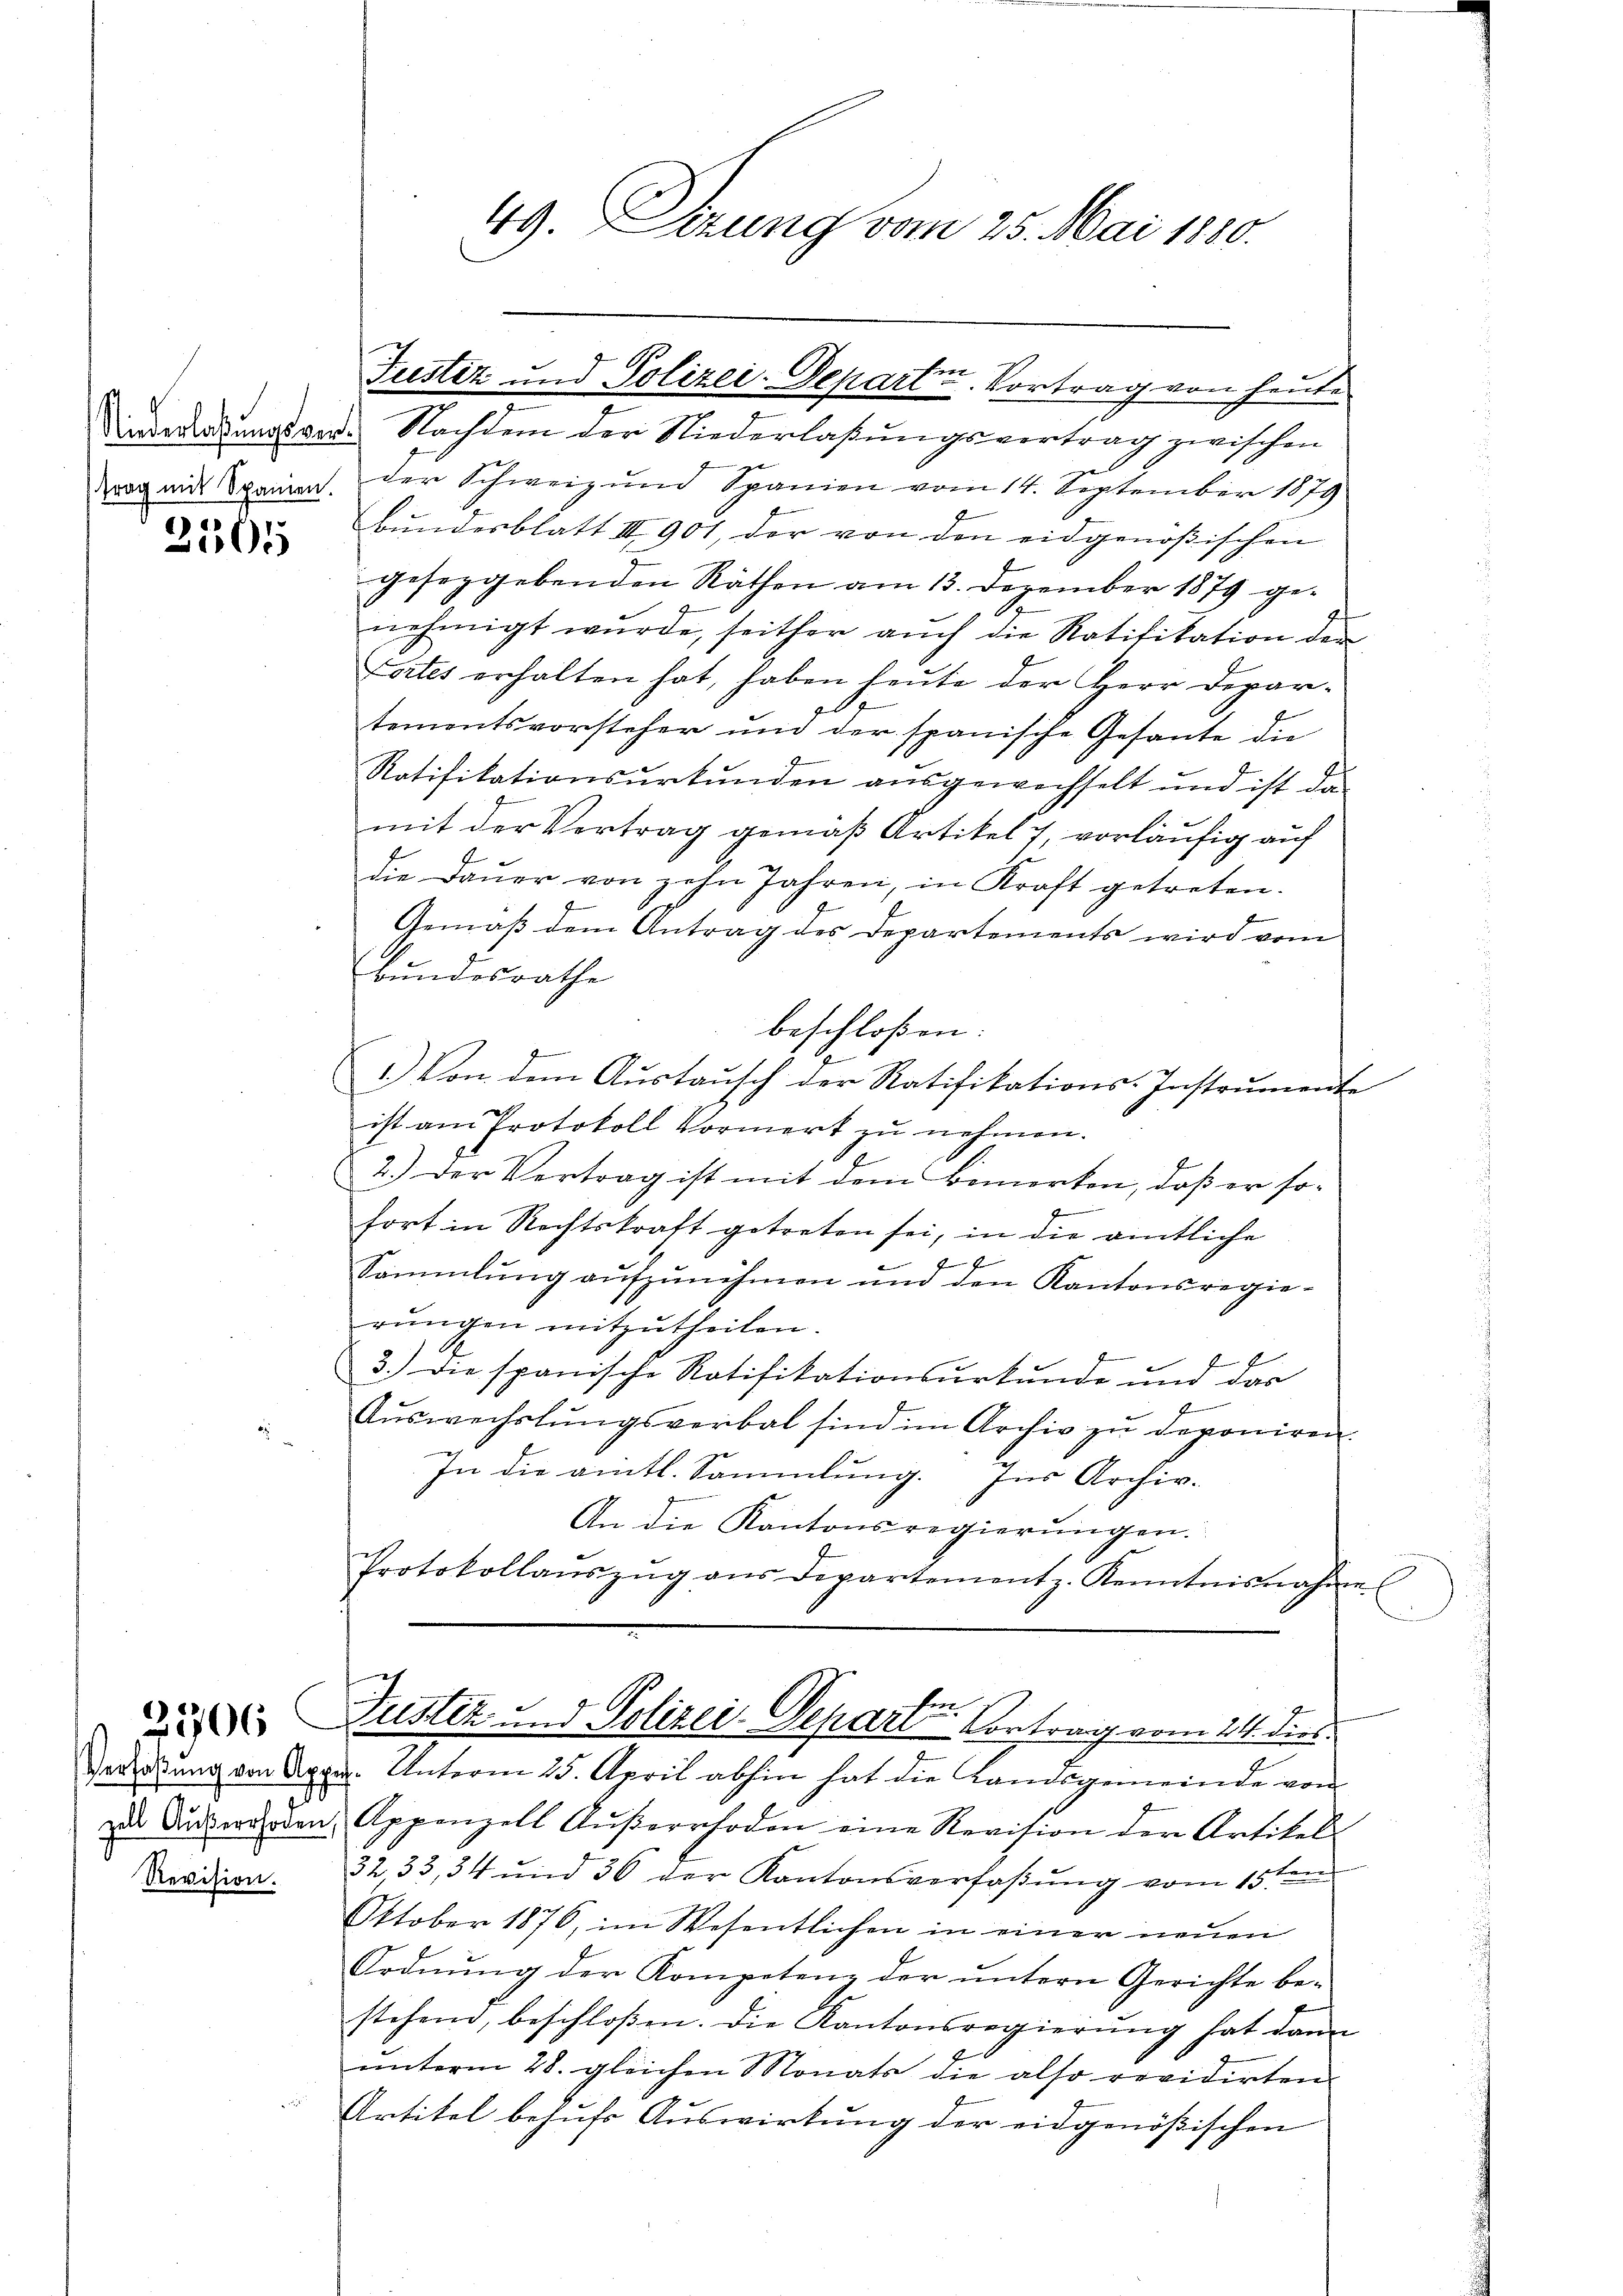
trag mit Spanien.

2505

zell Außerrhoden,
Revision.

49. Sizung vom 25. Mai 1880.

Diederatungsvor. Nachdem der Niederlaßungsvertrag zwischen
der Schweiz und Spanien vom 14. September 1879
bŭndesblatt III 901, der von den eidgenößischen
geseggebenden Räthen am 13. Dezember 1879 genehmigt wurde, seither auch die Ratifikation der
Loites erhalten hat, haben heute der Herr Depari
tementsvorsteher und der spanische Gesante die
Ratifikationsurkunden ausgewechselt und ist da
mit der Vertrag gemäß Artikel 7, vorläufig auf
die Daŭer von zehn Jahren, in Kraft getreten.
Gemäß dem Antrag des Departements wird vom
Bundesrathe
beschloßen:
) Von dem Austausch der Ratifikations-Instrumente
|
ist am Protokoll Vormerk zu nehmen.
2.) Der Vertrag ist mit dem Bemerken, daß er so¬
J
fort in Rechtskraft getreten sei, in die amtliche
Sammlung aŭfzŭnehmen und den Kantonsregierungen mitzutheilen.
3.) Die spanische Ratifikationsurkunde und der
Auswechslungsverbal sind im Archiv zu deponiren.
In die amtl. Sammlung. Ins Archiv-
An die Kantonsregierŭngen.
Protokollaŭszŭg aŭs Departement z. Kenntnisnahme.

 Justiz und Polizei-Departe Contrag vom 21. dies
Verlobung von Apper. Unterm 25. April abhin hat die Landsgemeinde von
Appenzell Aŭβerrhoden eine Revision der Artikel-
3233, 34 und 36 der Kantonsverfaßung vom 15ten
Oktober 1876, im Wesentlichen in einer neuen
Ordnung der Kompetenz der untern Gerichte be-
stehend, beschloßen. Die Kantonsregierung hat dann
ŭnterm 28. gleichen Monats die also revidirten
Artikel behufs Auswirkung der eidgenößischen

Justiz und Polizei-Departen. Vortrag von heute